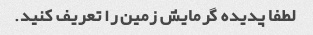
لطفا پدیده گرمایش زمین را تعریف کنید.